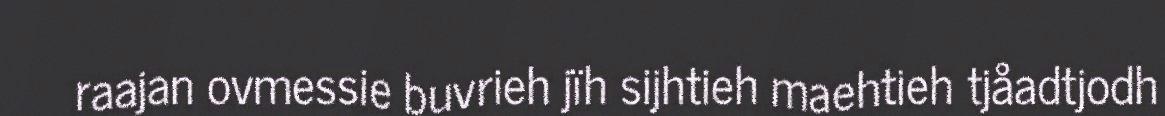
raajan ovmessie buvrieh jïh sijhtieh maehtieh tjåadtjodh